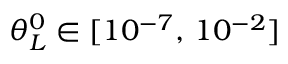
\theta _ { L } ^ { 0 } \in [ 1 0 ^ { - 7 } , \, 1 0 ^ { - 2 } ]